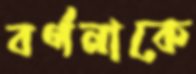
বর্ণনাকে